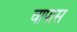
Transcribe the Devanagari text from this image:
वापास